Rae_vallavalitsus, lk 58
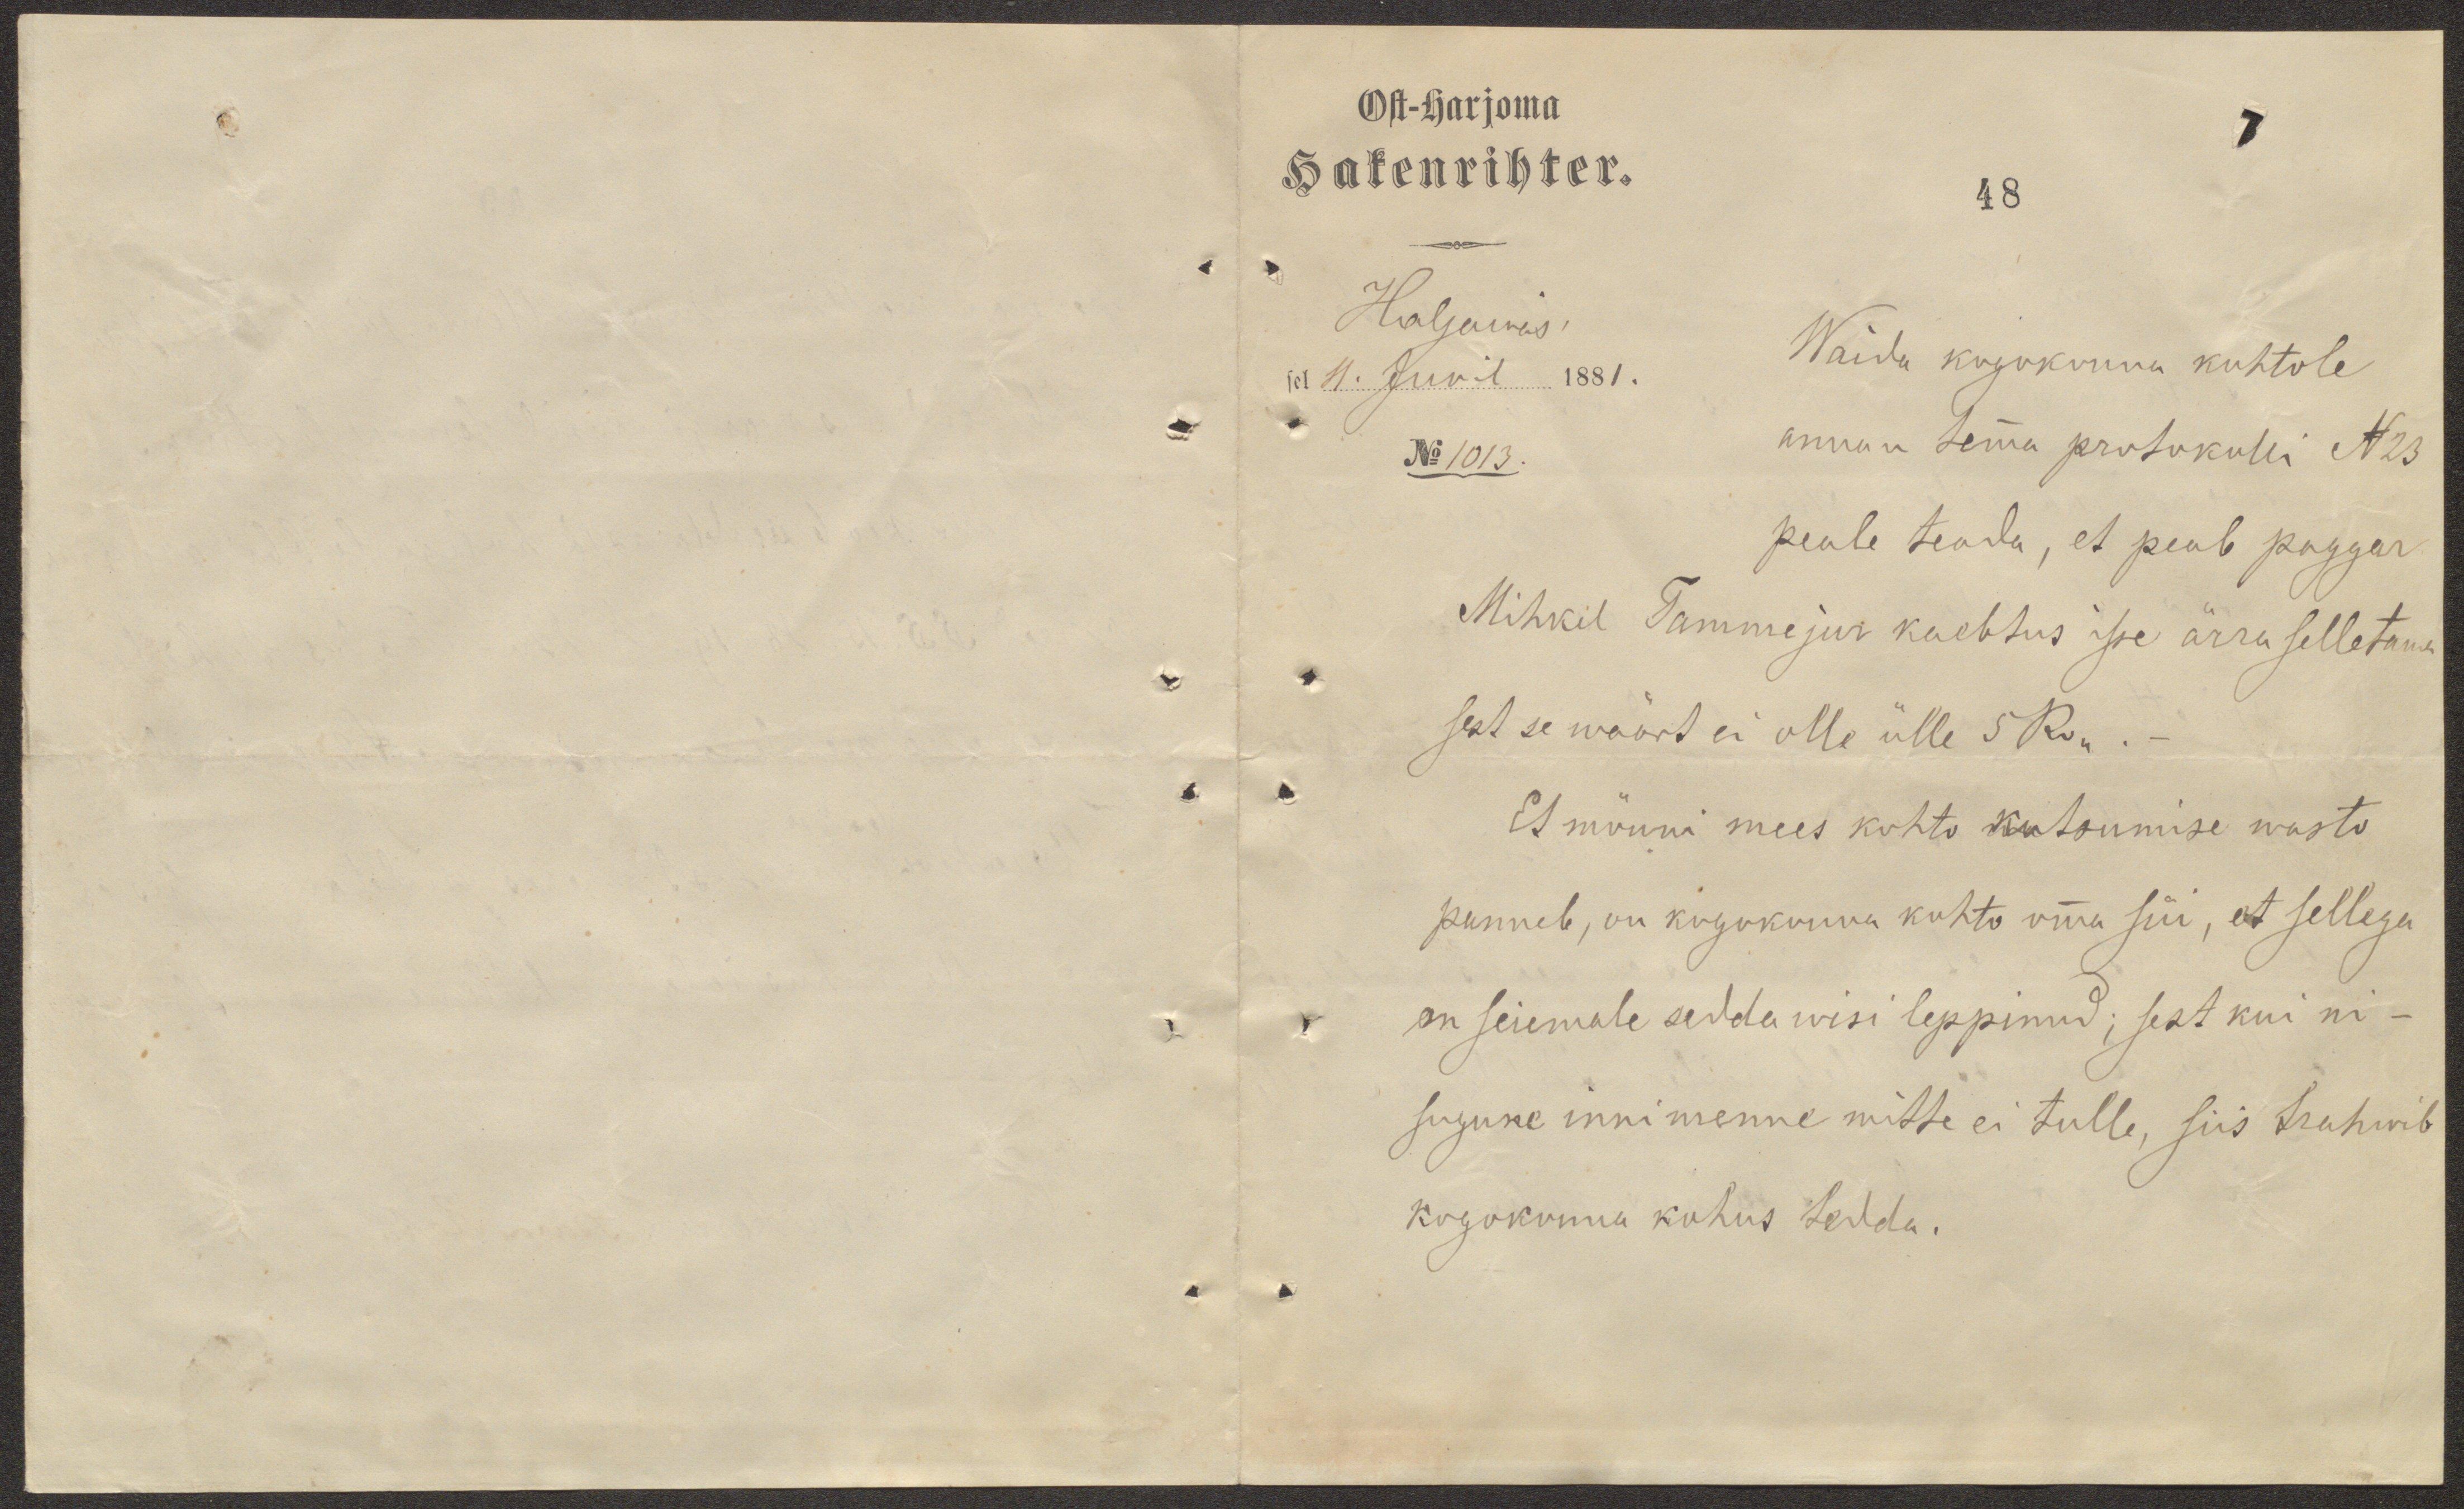
Ost-harjoma
Hakenrihter.
48
Haljawas,
sel 11. Junil 1881.
No 1013.
Waida kogokonna kohtole
annan temma protokolli N23
peale teada, et peab paggar
Mihkil Tammejur kaebtus isse ärra selletama
sest se wäärt ei olle ülle 5 Ro. -
Et mõnni mees kohto kutsumise wasto
panneb, on kogokonna kohto oma süi, et sellega
on seiemale seddawisi leppinud; sest kui ni-
sugune innimenne mitte ei tulle, siis trahwib
kogokonna kohus tedda.